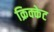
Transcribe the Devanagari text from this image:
क्रिक्केट